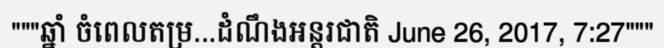
"""ឆ្នាំ ចំពេលតម្រ...ដំណឹងអន្តរជាតិ June 26, 2017, 7:27"""